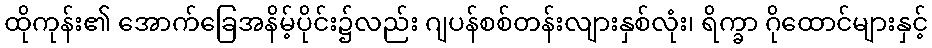
ထိုကုန်း၏ အောက်ခြေအနိမ့်ပိုင်း၌လည်း ဂျပန်စစ်တန်းလျားနှစ်လုံး၊ ရိက္ခာ ဂိုထောင်များနှင့်